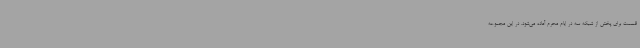
قسمت برای پخش از شبکه سه در ایام محرم آماده می‌شود. در این مجموعه